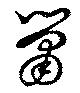
鼠